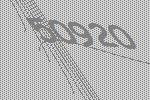
50920